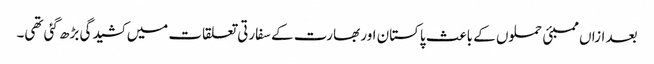
بعد ازاں ممبئی حملوں کے باعث پاکستان اور بھارت کے سفارتی تعلقات میں کشیدگی بڑھ گئی تھی۔